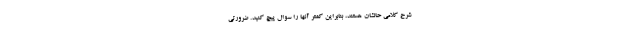
شرح کلامی حالشان هستند، بنابراین کمتر آنها را سوال پیچ کنید. ضرورتی